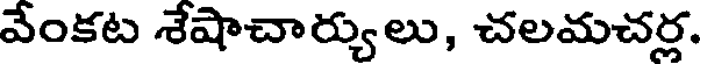
వేంకట శేషాచార్యులు, చలమచర్ల.